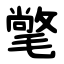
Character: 氅